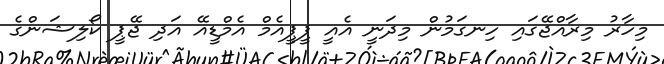
މިހާރު މިރާއްޖޭގައި ހިނގަމުން މިދަނީ އެއީ ޕީޕީއެމް އެމްޑީއޭ އަދި ޖޭޕީ ކޯލިޝަންގެ